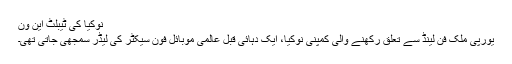
نوکیا کی ٹیبلٹ این وَن
یورپی ملک فن لینڈ سے تعلق رکھنے والی کمپنی نوکیا، ایک دہائی قبل عالمی موبائل فون سیکٹر کی لیڈر سمجھی جاتی تھی۔